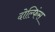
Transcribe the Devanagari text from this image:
दोल्फिंस